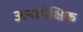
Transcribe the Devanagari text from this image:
अनापेक्षिक